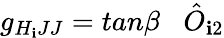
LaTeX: g_{H_{\mathbf{i}}JJ}=tan\beta\; \; \; {\hat{{O}}}_{\mathbf{i}2}